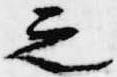
之